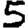
Digit: 5